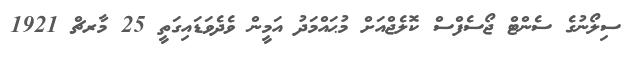
ސިލޯނުގެ ސެންޓް ޖޯސެފްސް ކޮލެޖްއަށް މުޙައްމަދު އަމީން ވެދެވަޑައިގަތީ 25 މާރޗް 1921